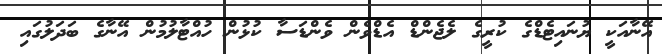
އޭނާއަކީ ޔުނައިޓެޑްގެ ކުރީގެ ލެޖެންޑް އެޑްވެން ވެންޑަސާ ކުޅުން ހުއްޓާލުމުން އޭނާގެ ބަދަލުގައި